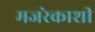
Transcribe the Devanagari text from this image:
मजरेकाशी